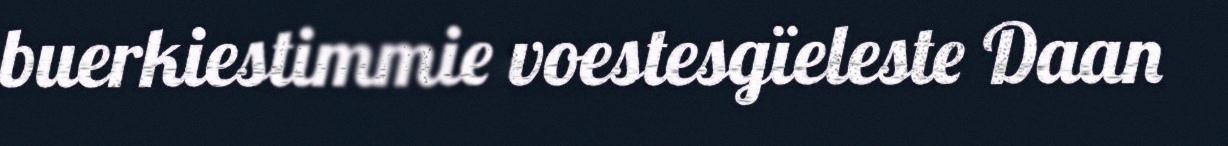
buerkiestimmie voestesgïeleste Daan